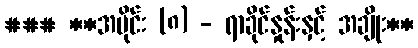
### **အပိုင်း (၈) - ရာခိုင်နှုန်းနှင့် အချိုး**